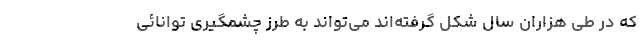
که در طی هزاران سال شکل گرفته‌اند می‌تواند به طرز چشمگیری توانائی